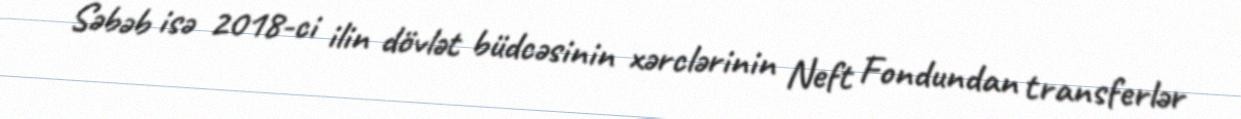
Səbəb isə 2018-ci ilin dövlət büdcəsinin xərclərinin Neft Fondundan transferlər